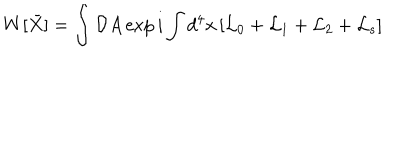
LaTeX: W [ \bar { X } ] = \int { \cal D } A \exp { i \int d ^ { 4 } x \left[ { \cal L } _ { 0 } + { \cal L } _ { 1 } + { \cal L } _ { 2 } + { \cal L } _ { s } \right] }